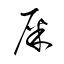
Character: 屎